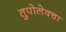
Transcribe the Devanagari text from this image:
तुपोलेवचा